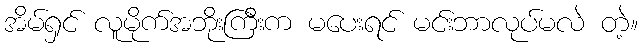
အိမ်ရှင် လူမိုက်အဘိုးကြီးက မပေးရင် မင်းဘာလုပ်မလဲ တဲ့။